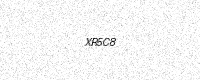
Text: XR5C8